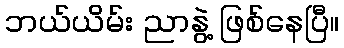
ဘယ်ယိမ်း ညာနွဲ့ ဖြစ်နေပြီ။